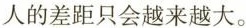
人的差距只会越来越大。